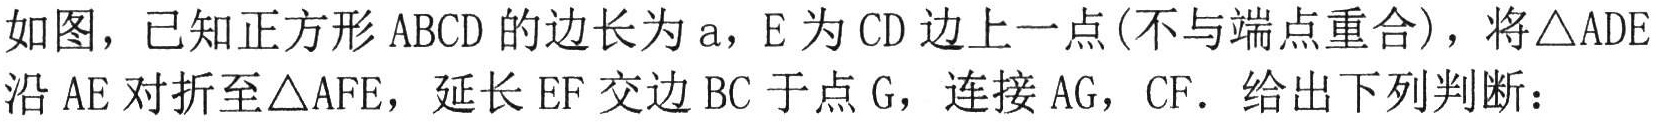
如图，已知正方形 \(ABCD\) 的边长为 \(a\)，\(E\) 为 \(CD\) 边上一点(不与端点重合)，将\(\triangle ADE\)沿 \(AE\) 对折至\(\triangle AFE\)，延长 \(EF\) 交边 \(BC\) 于点 \(G\)，连接 \(AG\)，\(CF\)．给出下列判断：